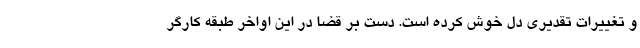
و تغییرات تقدیری دل خوش کرده است. دست بر قضا در این اواخر طبقه کارگر